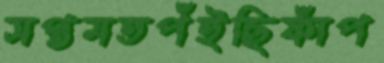
সপ্তমতপঁইছিফাঁপ